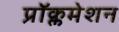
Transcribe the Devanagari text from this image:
प्रॉक्लमेशन